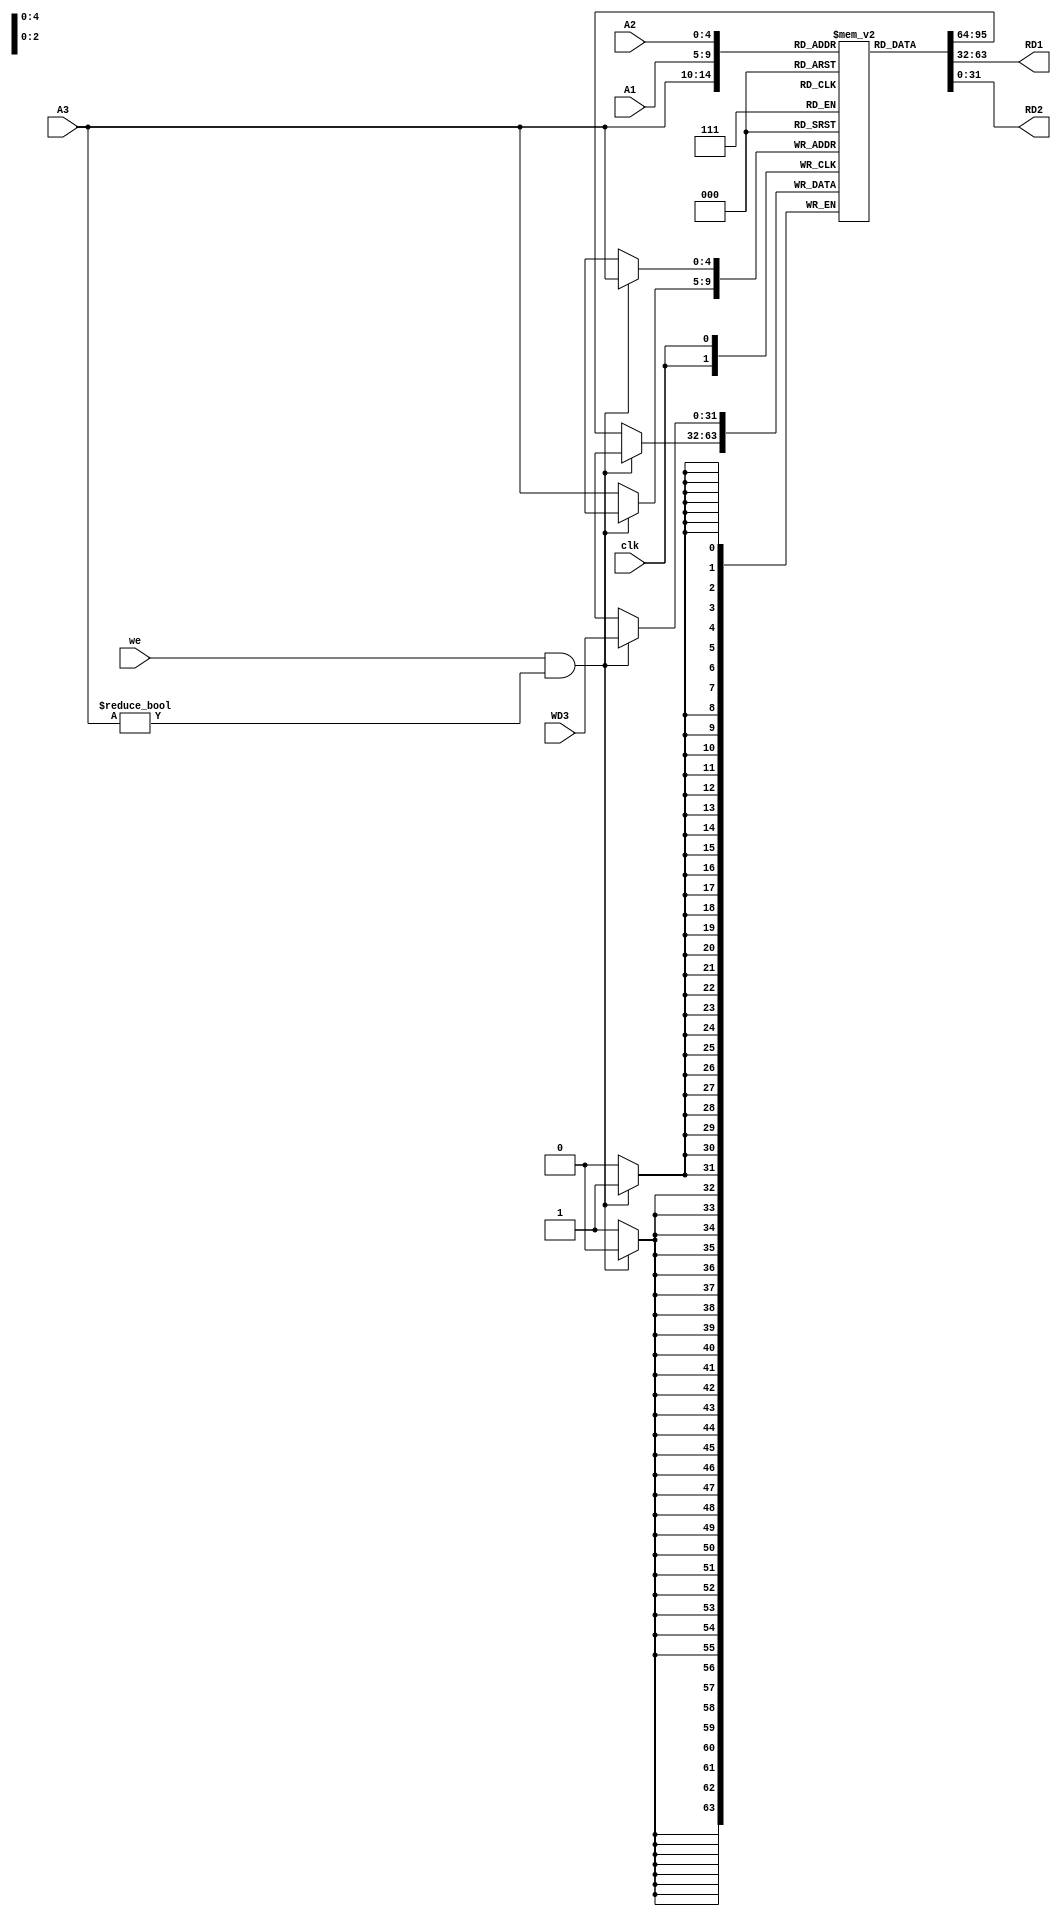
module RegisterFile(input clk,we,input [4:0] A1,A2,A3,input[31:0] WD3,output[31:0] RD1,RD2);
	reg[31:0] mem [0:31];
	initial begin
		mem[0]=32'b0;
	end
	assign RD1=mem[A1];
	assign RD2=mem[A2];
	always@(negedge clk)begin 
		if(we==1&&A3!=32'b0)
			mem[A3]<=WD3;
		else
			mem[A3]<=mem[A3];
	end
endmodule